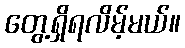
တွေ့ရှိရလိမ့်မယ်။